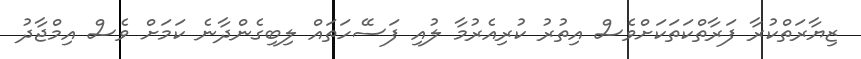
ޒިޔާރަތްކުރާ ފަރާތްކަތަކަށްވެސް އިތުރު ކުރިއެރުމާ ލުއި ފަސޭހަތައް ލިބިގެންދާނެ ކަމަށް ވެސް އިމްޖާދު